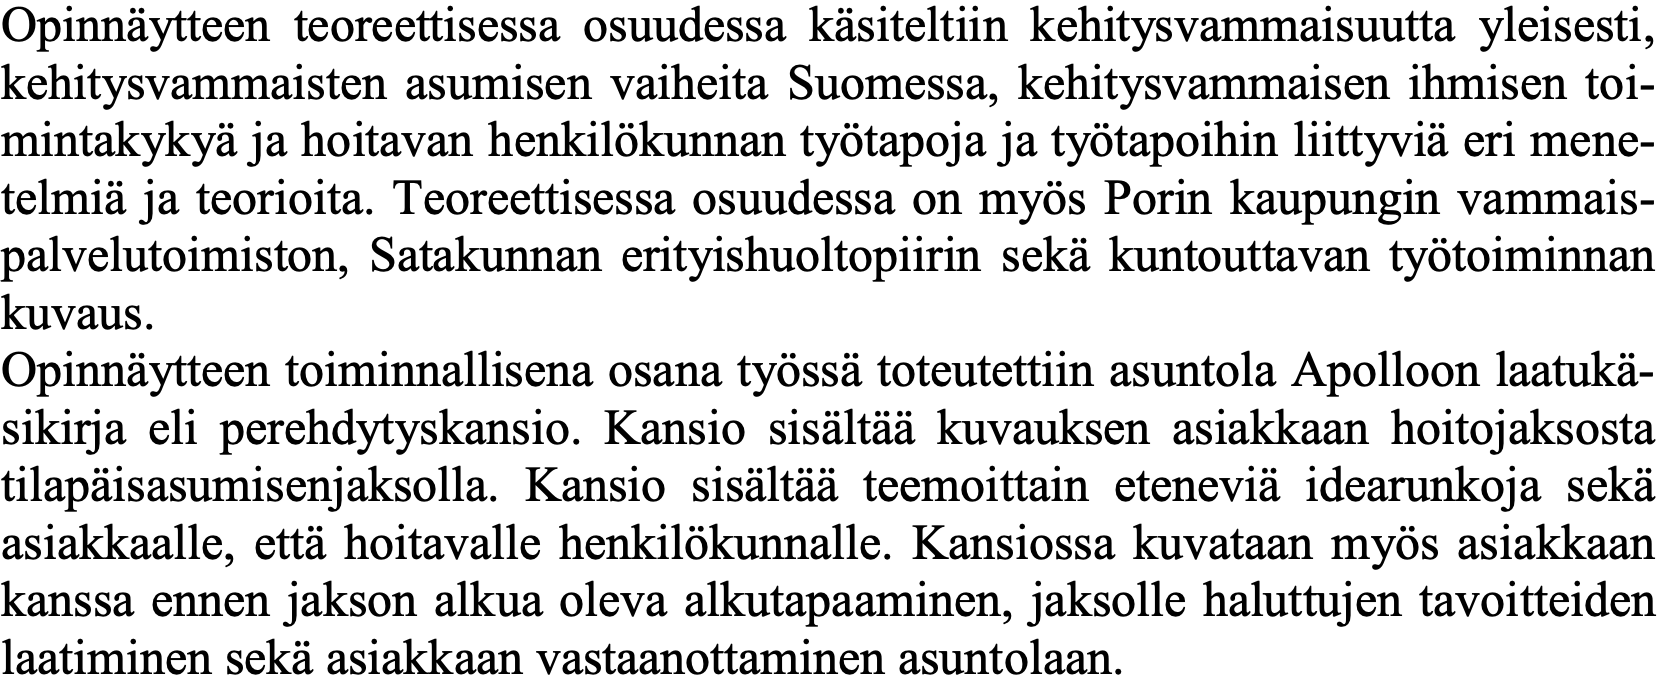
Opinnäytteen teoreettisessa osuudessa käsiteltiin kehitysvammaisuutta yleisesti, kehitysvammaisten asumisen vaiheita Suomessa, kehitysvammaisen ihmisen toi- mintakykyä ja hoitavan henkilökunnan työtapoja ja työtapoihin liittyviä eri mene- telmiä ja teorioita. Teoreettisessa osuudessa on myös Porin kaupungin vammais- palvelutoimiston, Satakunnan erityishuoltopiirin sekä kuntouttavan työtoiminnan kuvaus. Opinnäytteen toiminnallisena osana työssä toteutettiin asuntola Apolloon laatukä- sikirja eli perehdytyskansio. Kansio sisältää kuvauksen asiakkaan hoitojaksosta tilapäisasumisenjaksolla. Kansio sisältää teemoittain eteneviä idearunkoja sekä asiakkaalle, että hoitavalle henkilökunnalle. Kansiossa kuvataan myös asiakkaan kanssa ennen jakson alkua oleva alkutapaaminen, jaksolle haluttujen tavoitteiden laatiminen sekä asiakkaan vastaanottaminen asuntolaan.